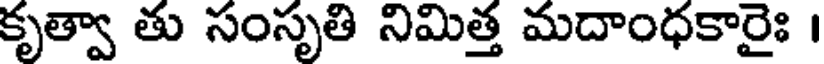
కృత్వా తు సంసృతి నిమిత్త మదాంధకారైః ।